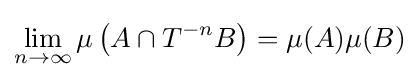
\lim _{n\to \infty }\mu \left(A\cap T^{-n}B\right)=\mu (A)\mu (B)